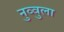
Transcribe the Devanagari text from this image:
नुव्वुला